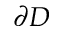
\partial D